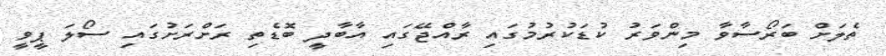
ތެލަށް ބަރޯސާވާ މިންވަރު ކުޑަކުުރުމުގައި ރާއްޖޭގައި އާބާދީ ބޮޑެތި ރަށްރަށުގައި ސޯލަ ޕީވީ